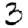
Digit: 3